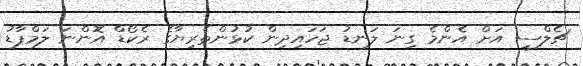
ޗެލްސީ އަށް އެންމެ ގިނަ ލަނޑު ޖަހައިދިން ކުޅުންތެރިޔާގެ ރެކޯޑް އޮންނަ ލަމްޕާޑު